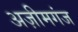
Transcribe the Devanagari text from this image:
अज़ीमगंज